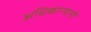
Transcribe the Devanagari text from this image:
अधिकाऱ्यानी